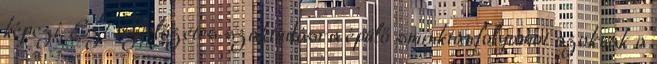
képezi. Ezt az előzetes szaktudásra épülő sminktanfolyamot azoknak a